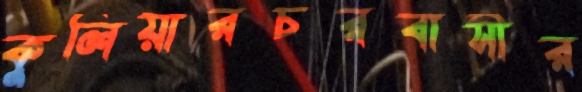
কুলিয়ারচরবাসীর